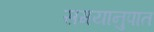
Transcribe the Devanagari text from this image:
समयानुपात